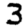
Digit: 3